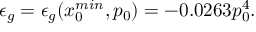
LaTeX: \epsilon _ { g } = \epsilon _ { g } ( x _ { 0 } ^ { m i n } , p _ { 0 } ) = - 0 . 0 2 6 3 p _ { 0 } ^ { 4 } .